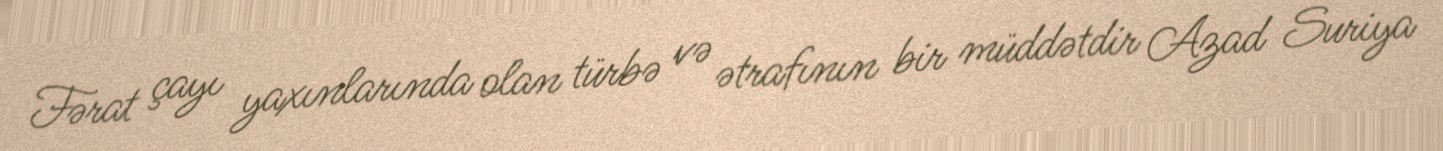
Fərat çayı yaxınlarında olan türbə və ətrafının bir müddətdir Azad Suriya